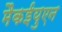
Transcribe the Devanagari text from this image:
मैकईयुएन